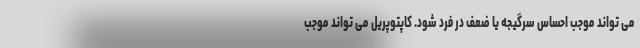
می تواند موجب احساس سرگیجه یا ضعف در فرد شود. کاپتوپریل می تواند موجب